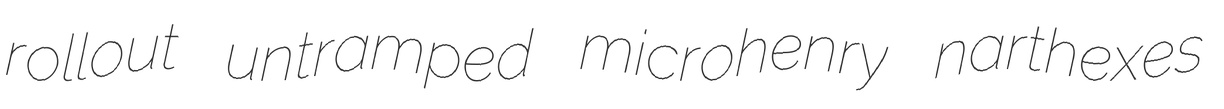
rollout untramped microhenry narthexes